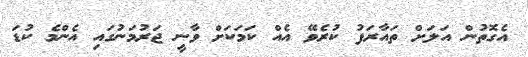
އެގޮތުން އަލަށް ތައާރަފު ކުރެވޭ އެއް ކަމަކަށް ވާނީ ޖަރުމަނުގައި އެންމެ ކުޑަ